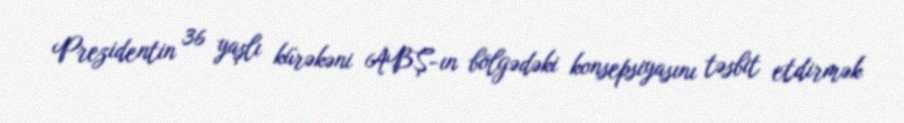
Prezidentin 36 yaşlı kürəkəni ABŞ-ın bölgədəki konsepsiyasını təsbit etdirmək